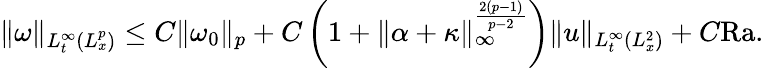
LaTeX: \begin{array}{r}{\| \omega\| _{L_{t}^{\infty}(L_{x}^{p})}\leq C\| \omega_{0}\| _{p}+C\left(1+\| \alpha+\kappa\| _{\infty}^{\frac{2(p-1)}{p-2}}\right)\| u\| _{L_{t}^{\infty}(L_{x}^{2})}+C\mathrm{{Ra}}.}\end{array}